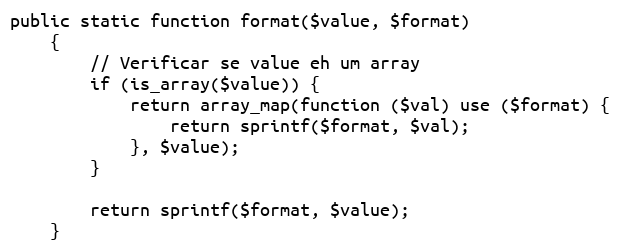
Language: PHP
public static function format($value, $format)
    {
        // Verificar se value eh um array
        if (is_array($value)) {
            return array_map(function ($val) use ($format) {
                return sprintf($format, $val);
            }, $value);
        }

        return sprintf($format, $value);
    }